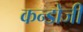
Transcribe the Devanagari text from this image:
कन्डोजी